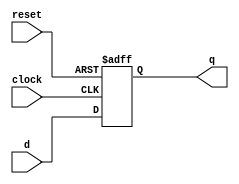
`timescale 1ns/100ps
module ff(clock, reset, d, q);

	input clock, reset, d;
	output reg q;
	
	always@(posedge clock, posedge reset)
	
	begin
		if(reset == 1'b1)
			q=0;
		else
			q=d;
	end

endmodule